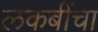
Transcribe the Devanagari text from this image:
लकबींचा